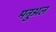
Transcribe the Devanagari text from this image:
मनुअल